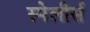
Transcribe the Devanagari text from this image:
स्पेलीर्स